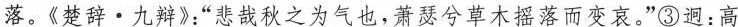
落。《楚辞·九辩》”悲哉秋之为气也，萧瑟兮草木摇落而变哀。”③迥：高